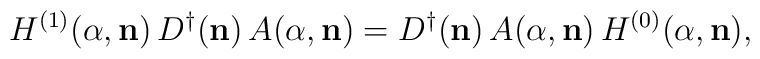
H^{(1)}({\alpha},{\bf  n})\,D^{\dagger}({\bf n})\,A({\alpha},{\bf n})=D^{\dagger}({\bf n})\,A({\alpha},{\bf n})\,H^{(0)}({\alpha},{\bf  n}),